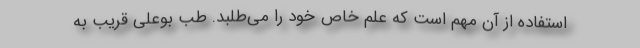
استفاده از آن مهم است که علم خاص خود را می‌طلبد. طب بوعلی قریب به